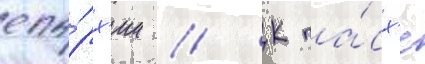
епа́рх'ии // К па́сх'е